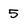
Character: 5